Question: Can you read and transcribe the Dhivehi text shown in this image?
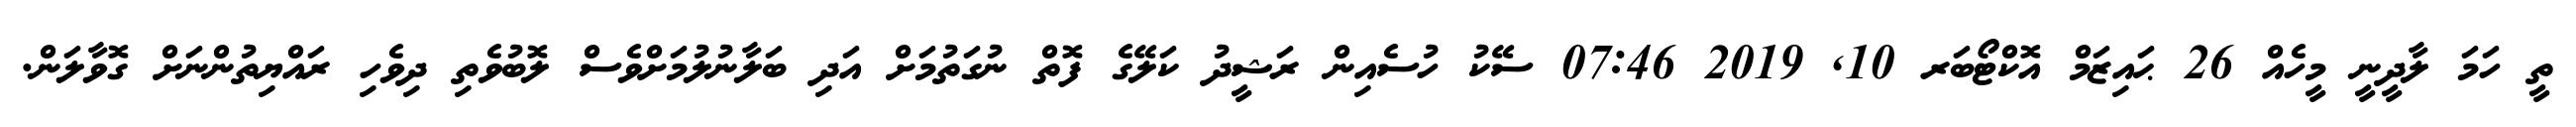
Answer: ތީ ހަމަ ލާދީނީ މީހެއް 26 ޙައިޒަމް އޮކްޓޯބަރ 10, 2019 07:46 ސޭކު ހުސެއިން ރަޝީދު ކަލޭގެ ފޮތް ނުގަތުމަށް އަދި ބަލާނުލުމަށްވެސް ލޮބުވެތި ދިވެހި ރައްޔިތުންނަށް ގޮވާލަން.